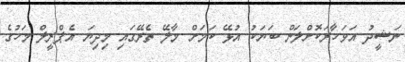
ނަޝީދު އަވަހާރަކޮށްލަން ބަޔަކު އުޅޭ ކަމަށް މާލޭ ތެރޭގައި މިދިޔަ އެޕްރީލް މަހުގެ